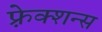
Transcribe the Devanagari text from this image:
फ़्रेक्शन्स